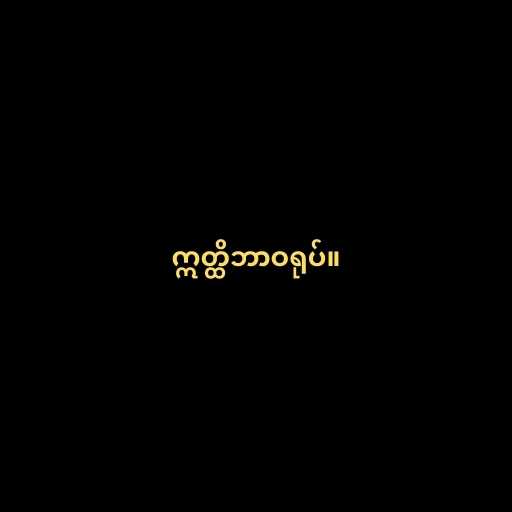
ဣတ္ထိဘာဝရုပ်။